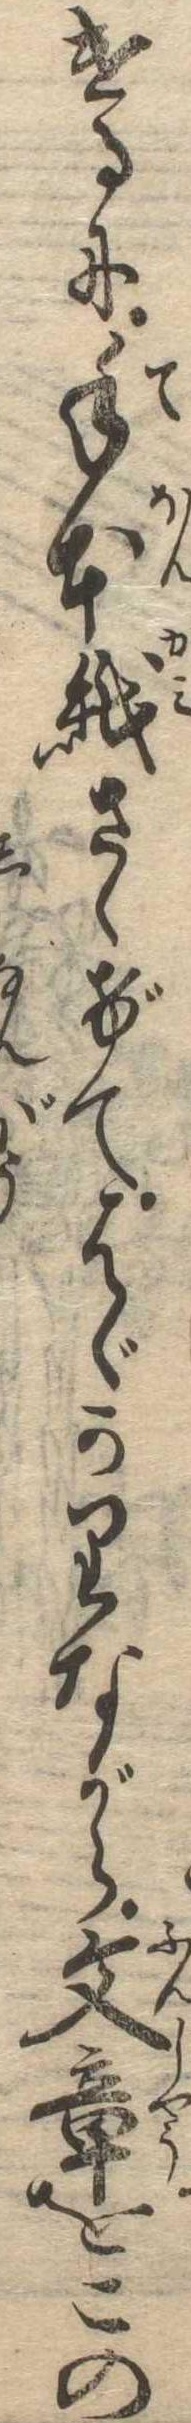
けるに手本紙さゝげてはゞかりながら文章をこの